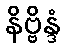
နိဗ္ဗိန္ဒံ